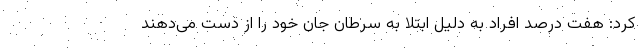
کرد: هفت درصد افراد به دلیل ابتلا به سرطان جان خود را از دست می‌دهند